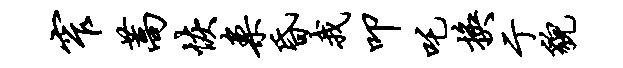
窄蒿恢案昏我叩吒换亍貌